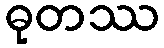
ဓုတဿ